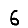
Digit: 6